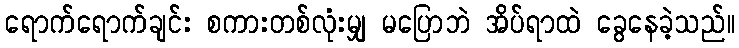
ရောက်ရောက်ချင်း စကားတစ်လုံးမျှ မပြောဘဲ အိပ်ရာထဲ ခွေနေခဲ့သည်။